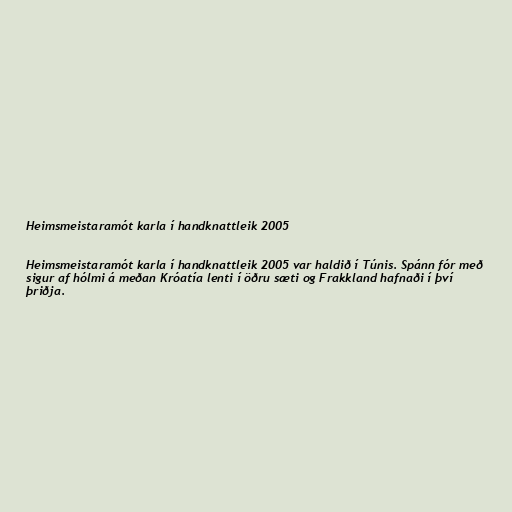
Heimsmeistaramót karla í handknattleik 2005

Heimsmeistaramót karla í handknattleik 2005 var haldið í Túnis. Spánn fór með
sigur af hólmi á meðan Króatía lenti í öðru sæti og Frakkland hafnaði í því
þriðja.